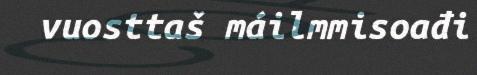
vuosttaš máilmmisoađi